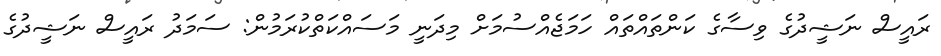
ރައީސް ނަޝީދުގެ ވިސާގެ ކަންތައްތައް ހަމަޖެއްސުމަށް މިދަނީ މަސައްކަތްކުރަމުން: ސަމަދު ރައީސް ނަޝީދުގެ